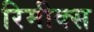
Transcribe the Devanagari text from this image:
रिमीक्स